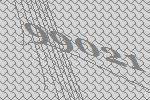
99021